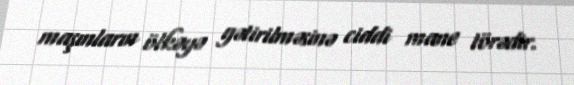
maşınların ölkəyə gətirilməsinə ciddi mane törədir.